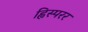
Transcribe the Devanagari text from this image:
ह्विस्परर